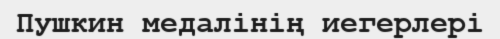
Пушкин медалінің иегерлері